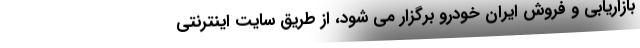
بازاریابی و فروش ایران خودرو برگزار می شود، از طریق سایت اینترنتی